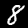
Digit: 8